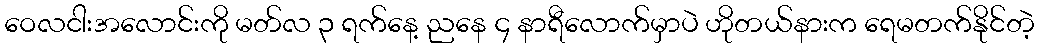
ဝေလငါးအလောင်းကို မတ်လ ၃ ရက်နေ့ ညနေ ၄ နာရီလောက်မှာပဲ ဟိုတယ်နားက ရေမတက်နိုင်တဲ့